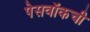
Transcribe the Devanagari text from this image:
पेसवॉकची